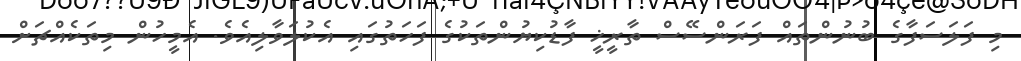
މި ފަލަސަފާގެ ބުނުންތައް ފަރަންސޭސް ތާރީޚީ ފާޑުކިޔުންތަކުގެ ފަހަތުގައި އެކުލަވާލިއެވެ. އެމީހުން މިތަކެއްޗަށް